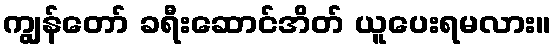
ကျွန်တော် ခရီးဆောင်အိတ် ယူပေးရမလား။